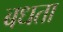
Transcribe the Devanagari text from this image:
बधता